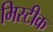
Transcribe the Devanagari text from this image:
मिस्टीक